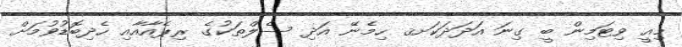
މިއީ ވިޓަމިން ބީ ގިނަ އަދަދަކަށޤ ހިމެނޭ އަދި ސެލްތަކުގެ ރިޕެއާއާއި ހެދިބޮޑުވުމަށް